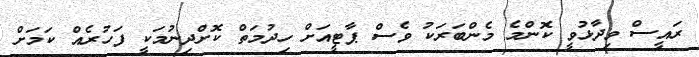
ރައީސް ވިދާޅުވީ ކޮންމެ މެންބަރަކު ވެސް ޕާޓީއަށް ހިދުމަތް ކޮށްދިނުމަކީ ފަހުރެއް ކަމަށް